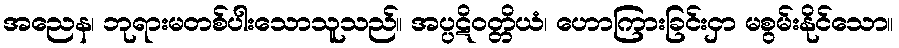
အညေန၊ ဘုရားမတစ်ပါးသောသူသည်။ အပ္ပဋိဝတ္တိယံ၊ ဟောကြားခြင်းငှာ မစွမ်းနိုင်သော။